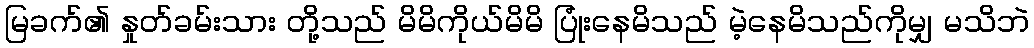
မြခက်၏ နှုတ်ခမ်းသား တို့သည် မိမိကိုယ်မိမိ ပြုံးနေမိသည် မဲ့နေမိသည်ကိုမျှ မသိဘဲ